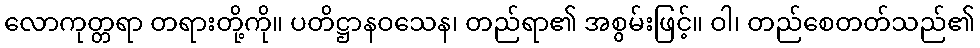
လောကုတ္တရာ တရားတို့ကို။ ပတိဋ္ဌာနဝသေန၊ တည်ရာ၏ အစွမ်းဖြင့်။ ဝါ၊ တည်စေတတ်သည်၏